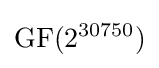
\mathrm {GF} (2^{30750})